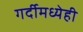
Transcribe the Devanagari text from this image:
गर्दीमध्येही